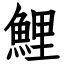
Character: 鯉